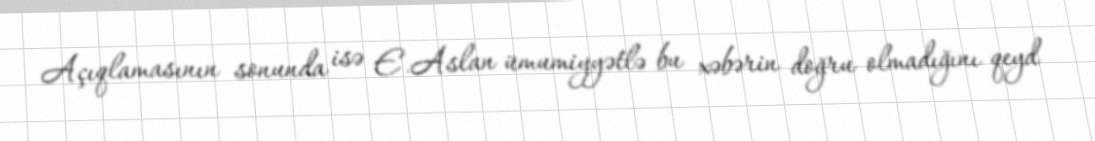
Açıqlamasının sonunda isə E.Aslan ümumiyyətlə bu xəbərin doğru olmadığını qeyd